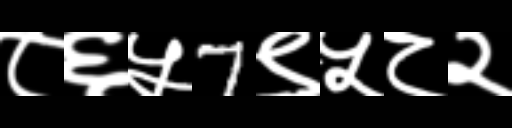
Text: ८६५7९५८२